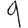
Digit: 9